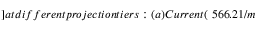
] a t d i f f e r e n t p r o j e c t i o n t i e r s : ( a ) C u r r e n t ( \ 5 6 6 . 2 1 / m